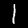
Digit: 1